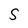
Character: S